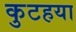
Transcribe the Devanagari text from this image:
कुटहया